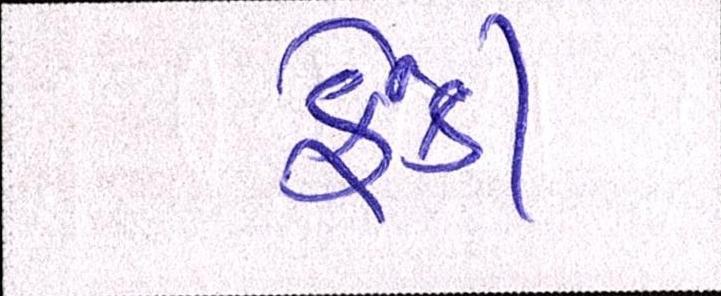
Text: ફેંકી